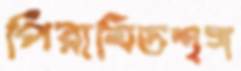
পিরামিডশৃঙ্গ